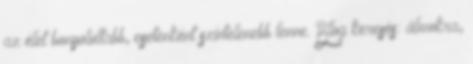
az élet bonyolultabb, esetenként színtelenebb lenne. Blog keresés: álmokra,